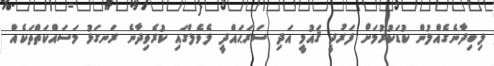
ލިބިދާނެގެއްލުން ކުޑަކުރުމަށް ފަރުދީ ޤައުމީ އަދި ސަރަޙައްދީ ލެވެލްގައި ކުރެވިދާނެ ރަނގަޅު މަސައްކަތްތަކެއް